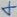
Text: 4